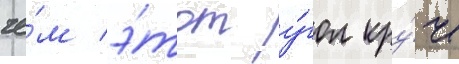
че́м э́тот у́гол кру́че